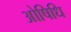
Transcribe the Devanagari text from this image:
ओषिधि